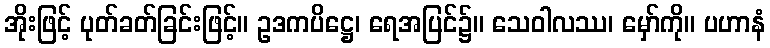
အိုးဖြင့် ပုတ်ခတ်ခြင်းဖြင့်။ ဥဒကပိဋ္ဌေ၊ ရေအပြင်၌။ သေဝါလဿ၊ မှော်ကို။ ပဟာနံ